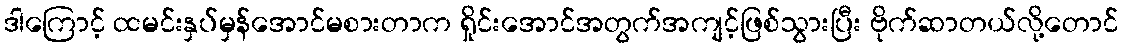
ဒါကြောင့် ထမင်းနှပ်မှန်အောင်မစားတာက ရှိုင်းအောင်အတွက်အကျင့်ဖြစ်သွားပြီး ဗိုက်ဆာတယ်လို့တောင်